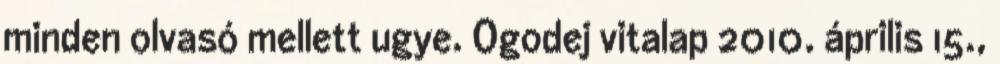
minden olvasó mellett ugye. Ogodej vitalap 2010. április 15.,